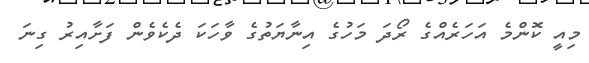
މިއީ ކޮންމެ އަހަރެއްގެ ރޯދަ މަހުގެ އިނާޔަތުގެ ވާހަކަ ދެކެވެން ފަށާއިރު ގިނަ